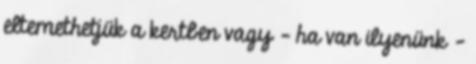
eltemethetjük a kertben vagy - ha van ilyenünk -